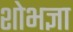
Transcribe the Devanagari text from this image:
शोभज्ञा